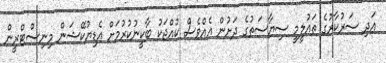
އަދި ސަރުކާރުގެ ތައުލީމީ ސިޔާސަތުގެ ދަށުން އެއްވެސް ކުއްޖަކު ބާކީނުކުރުމަށް އެޑިޔުކޭޝަން މިނިސްޓްރީން